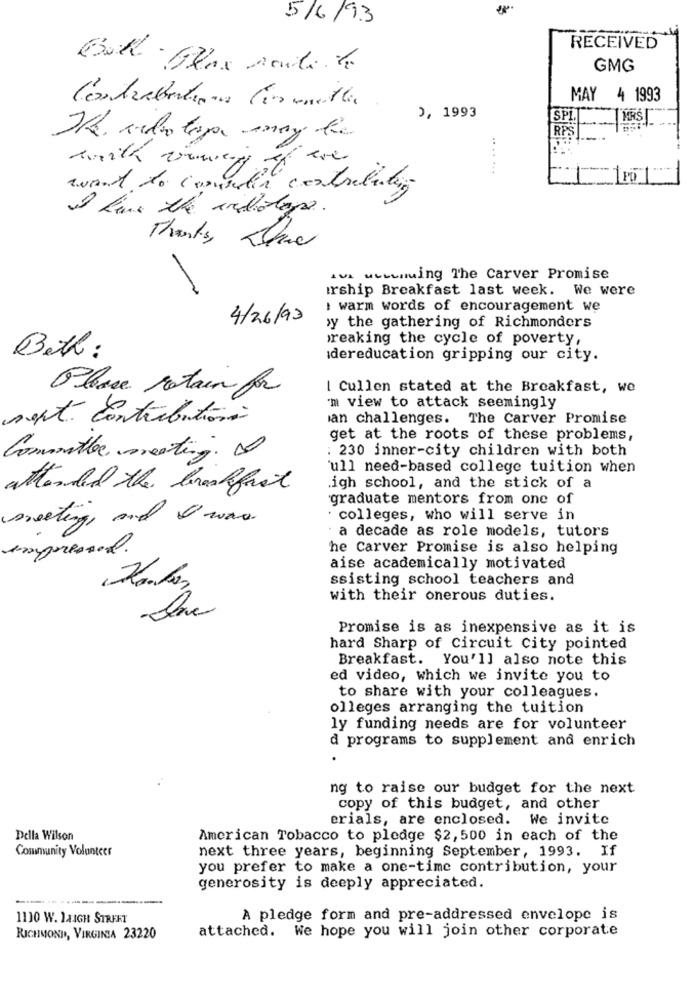
5/6/93
RECEIVED
GMG
C'entrabetiana Cesanella
MAY 4 1993
0, 1993
SP1.
RPS
word to coordin contributes
I have the anidiotaps.
Thanks, Ohne
iva uuuuning The Carver Promise
irship Breakfast last week. We were
: warm words of encouragement we
4/26/93
›y the gathering of Richmonders
reaking the cycle of poverty,
Beth :
idereducation gripping our city.
Please retain for
[ Cullen stated at the Breakfast, we
m view to attack seemingly
sept contributions
an challenges. The Carver Promise
get at the roots of these problems,
: 230 inner-city children with both
Committee meeting.
'ull need-based college tuition when
attended the breakfast
igh school, and the stick of a
graduate mentors from one of
sweeting, and I was.
colleges, who will serve in
a decade as role models, tutors
he Carver Promise is also helping
aise academically motivated
ssisting school teachers and
with their onerous duties.
Promise is as inexpensive as it is
hard Sharp of Circuit City pointed
Breakfast. You'll also note this
ed video, which we invite you to
to share with your colleagues.
olleges arranging the tuition
ly funding needs are for volunteer
d programs to supplement and enrich
ng to raise our budget for the next
copy of this budget, and other
erials, are enclosed. We invite
Della Wilson
American Tobacco to pledge $2,500 in each of the
Community Volunteer
next three years, beginning September, 1993. If
you prefer to make a one-time contribution, your
generosity is deeply appreciated.
1110 W. 14IGH STREET
A pledge form and pre-addressed envelope is
attached. We hope you will join other corporate
RICHMOND, VIRGINIA 23220